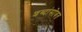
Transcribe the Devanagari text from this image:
शब्दांसोबत